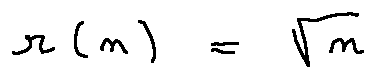
r ( n ) = \sqrt { n }